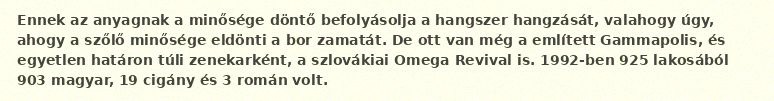
Ennek az anyagnak a minősége döntő befolyásolja a hangszer hangzását, valahogy úgy, ahogy a szőlő minősége eldönti a bor zamatát. De ott van még a említett Gammapolis, és egyetlen határon túli zenekarként, a szlovákiai Omega Revival is. 1992-ben 925 lakosából 903 magyar, 19 cigány és 3 román volt.